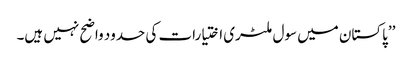
’’پاکستان میں سول ملٹری اختیارات کی حدود واضح نہیں ہیں۔